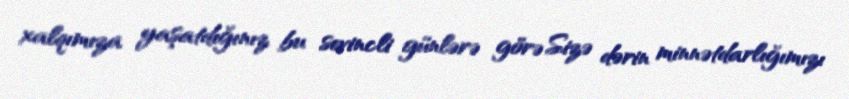
xalqımıza yaşatdığınız bu sevincli günlərə görə Sizə dərin minnətdarlığımızı